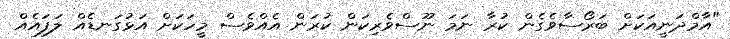
"އާމްދަނީއަކަށް ބަރޯސާވެގެން ކުރާ ނަމަ ނޫސްވެރިކަން ކުރަން އެއްވެސް މީހަކަށް އަޅުގަނޑެއް ލަފައެއް